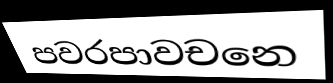
පවරපාවචනෙ